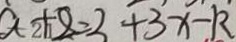
a + 8 = 2 + 3 x - R